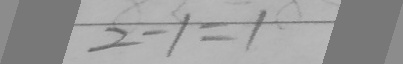
2 - 1 = 1